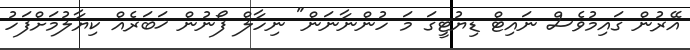
އޭރުން ގައިމުވެސް ނައިޓް ޑިޔުޓީގަ މަ ހުންނާނަން" ނިހާލް ފޯނުން ޚަބަރެއް ކިޔާލުމަށްފަހު